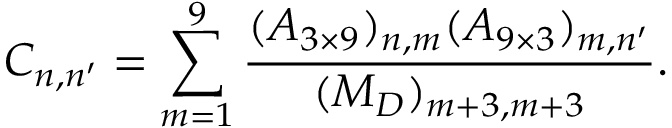
C _ { n , n ^ { \prime } } = \sum _ { m = 1 } ^ { 9 } \frac { ( A _ { 3 \times 9 } ) _ { n , m } ( A _ { 9 \times 3 } ) _ { m , n ^ { \prime } } } { ( { \cal M } _ { D } ) _ { m + 3 , m + 3 } } .